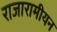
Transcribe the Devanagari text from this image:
राजारामीयन